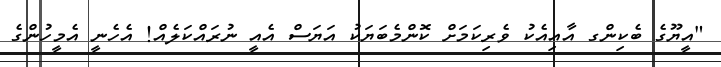
"އީޔޫގެ ބެކިންގ އާއިއެކު ވެރިކަަމަށް ކޮންމެބަޔަކު އަޔަސް އެއީ ނުރައްކަލެއް! އެހެނީ އެމީހުންގެ